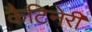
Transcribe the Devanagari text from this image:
कैटिनेरी